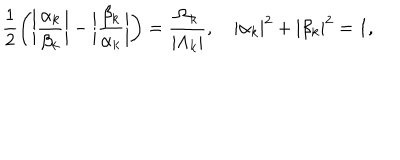
\frac { 1 } { 2 } \bigg ( \bigg | \frac { \alpha _ { { k } } } { \beta _ { { k } } } \bigg | - \bigg | \frac { \beta _ { { k } } } { \alpha _ { { k } } } \bigg | \bigg ) = \frac { \Omega _ { { k } } } { | \Lambda _ { { k } } | } , \quad | \alpha _ { { k } } | ^ { 2 } + | \beta _ { { k } } | ^ { 2 } = 1 ,